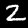
Digit: 2